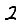
Digit: 2